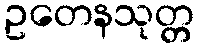
ဥတေနသုတ္တ